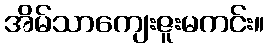
အိမ်သာကျေးဇူးမကင်း။